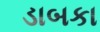
ડાબકા